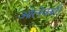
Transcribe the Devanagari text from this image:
ओलेक्सी